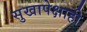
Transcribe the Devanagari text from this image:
सुखापेक्षाही